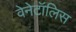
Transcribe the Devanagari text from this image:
वेनेटॉलिस